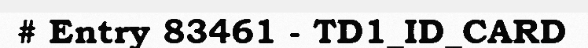
# Entry 83461 - TD1_ID_CARD